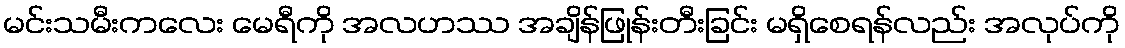
မင်းသမီးကလေး မေရီကို အလဟဿ အချိန်ဖြုန်းတီးခြင်း မရှိစေရန်လည်း အလုပ်ကို